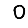
Digit: 0